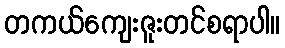
တကယ်ကျေးဇူးတင်စရာပါ။